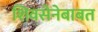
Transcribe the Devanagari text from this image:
शिवसेनेबाबत